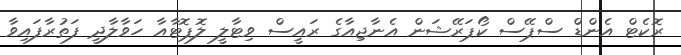
ރޮކެޓް އެންޑް ސްޕޭސް ކޯޕަރޭޝަން އެނާޖިއާގެ ރައީސް ވިޓާލީ ލޮޕޮޓާއާ ހަވާލާދީ ފަތުރާފައިވާ